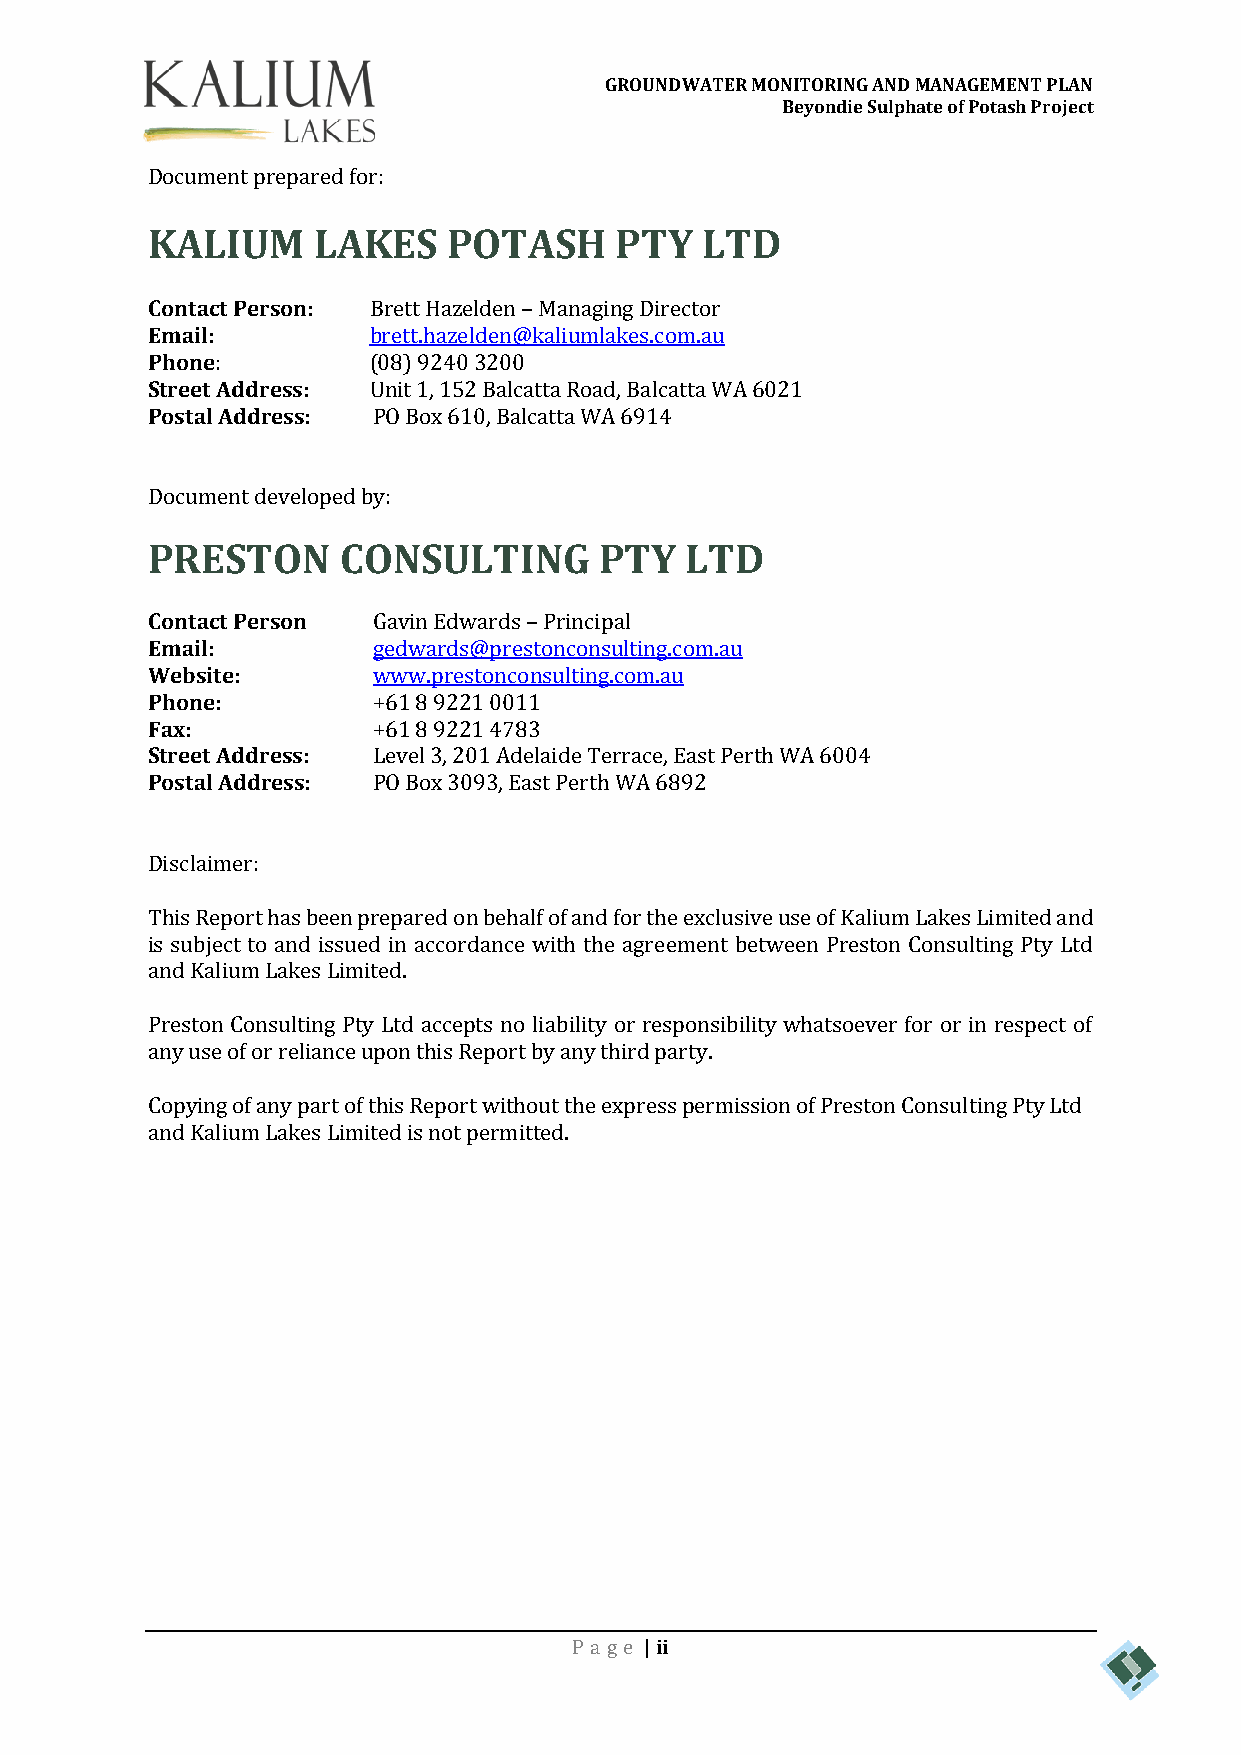
GROUNDWATER MONITORING AND MANAGEMENT PLAN
 Beyondie Sulphate of Potash Project
 Document prepared for:
 KALIUM     LAKES    POTASH     PTY   LTD
 Contact Person: Brett Hazelden – Managing Director
 Email:        brett.hazelden@kaliumlakes.com.au
 Phone:        (08) 9240 3200
 Street Address: Unit 1, 152 Balcatta Road, Balcatta WA 6021
 Postal Address: PO Box 610, Balcatta WA 6914
 Document developed by:
 PRESTON     CONSULTING        PTY  LTD
 Contact Person Gavin Edwards – Principal
 Email:         gedwards@prestonconsulting.com.au
 Website:       www.prestonconsulting.com.au
 Phone:         +61 8 9221 0011
 Fax:           +61 8 9221 4783
 Street Address: Level 3, 201 Adelaide Terrace, East Perth WA 6004
 Postal Address: PO Box 3093, East Perth WA 6892
 Disclaimer:
 This Report has been prepared on behalf of and for the exclusive use of Kalium Lakes Limited and
 is subject to and issued in accordance with the agreement between Preston Consulting Pty Ltd
 and Kalium Lakes Limited.
 Preston Consulting Pty Ltd accepts no liability or responsibility whatsoever for or in respect of
 any use of or reliance upon this Report by any third party.
 Copying of any part of this Report without the express permission of Preston Consulting Pty Ltd
 and Kalium Lakes Limited is not permitted.
 Pa ge | ii